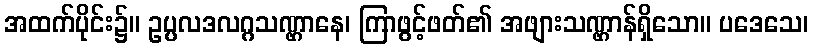
အထက်ပိုင်း၌။ ဥပ္ပလဒလဂ္ဂသဏ္ဌာနေ၊ ကြာဖွင့်ဖတ်၏ အဖျားသဏ္ဌာန်ရှိသော။ ပဒေသေ၊